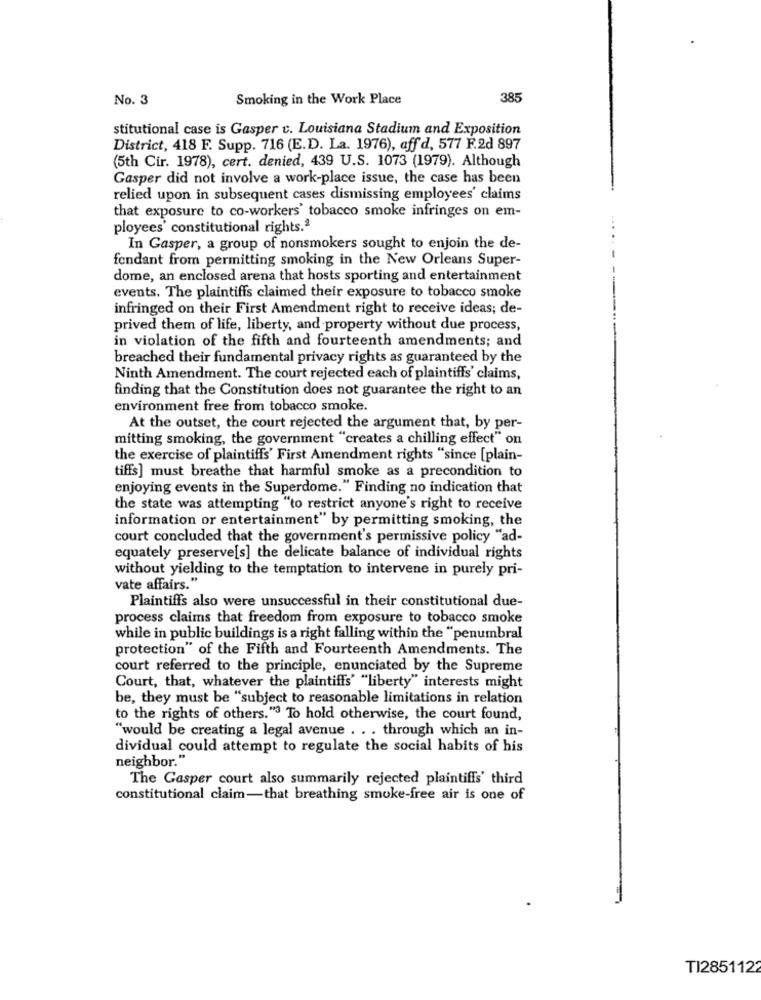
No. 3
Smoking in the Work Place
385
stitutional case is Gasper v. Louisiana Stadium and Exposition
District, 418 F. Supp. 716 (E.D. La. 1976), aff d, 577 F.2d 897
(5th Cir. 1978), cert. denied, 439 U.S. 1073 (1979). Although
Gasper did not involve a work-place issue, the case has been
relied upon in subsequent cases dismissing employees' claims
that exposure to co-workers' tobacco smoke infringes on em-
ployees' constitutional rights.2
In Gasper, a group of nonsmokers sought to enjoin the de-
fondant from permitting smoking in the New Orleans Super-
dome, an enclosed arena that hosts sporting and entertainment
events. The plaintiffs claimed their exposure to tobacco smoke
infringed on their First Amendment right to receive ideas; de-
prived them of life, liberty, and property without due process,
in violation of the fifth and fourteenth amendments; and
breached their fundamental privacy rights as guaranteed by the
Ninth Amendment. The court rejected each of plaintiffs' claims,
finding that the Constitution does not guarantee the right to an
environment free from tobacco smoke.
At the outset, the court rejected the argument that, by per-
mitting smoking, the government "creates a chilling effect" on
the exercise of plaintiffs' First Amendment rights "since [plain-
tiffs] must breathe that harmful smoke as a precondition to
enjoying events in the Superdome." Finding no indication that
the state was attempting "to restrict anyone's right to receive
information or entertainment" by permitting smoking, the
court concluded that the government's permissive policy "ad-
equately preserve[s] the delicate balance of individual rights
without yielding to the temptation to intervene in purely pri-
vate affairs."
Plaintiffs also were unsuccessful in their constitutional due-
process claims that freedom from exposure to tobacco smoke
while in public buildings is a right falling within the "penumbral
protection" of the Fifth and Fourteenth Amendments. The
court referred to the principle, enunciated by the Supreme
Court, that, whatever the plaintiffs' "liberty" interests might
be, they must be "subject to reasonable limitations in relation
to the rights of others."? To hold otherwise, the court found,
"would be creating a legal avenue . . . through which an in-
dividual could attempt to regulate the social habits of his
neighbor."
The Gasper court also summarily rejected plaintiffs' third
constitutional claim-that breathing smoke-free air is one of
TI2851122